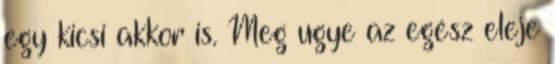
egy kicsi akkor is. Meg ugye az egész eleje